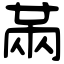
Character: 㒼